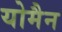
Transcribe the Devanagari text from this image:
योमैन